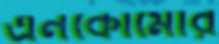
এনকোমোর